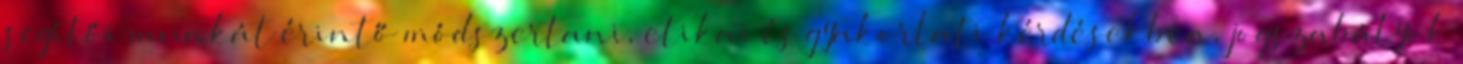
segítői munkát érintő módszertani, etikai és gyakorlati kérdésekben, jogszabályok